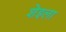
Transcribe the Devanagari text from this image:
शेइला